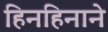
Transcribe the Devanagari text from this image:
हिनहिनाने